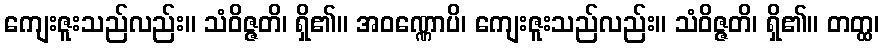
ကျေးဇူးသည်လည်း။ သံဝိဇ္ဇတိ၊ ရှိ၏။ အဝဏ္ဏောပိ၊ ကျေးဇူးသည်လည်း။ သံဝိဇ္ဇတိ၊ ရှိ၏။ တတ္ထ၊